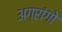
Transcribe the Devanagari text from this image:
अग्रांगो